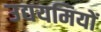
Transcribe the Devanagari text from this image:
उद्ययमियों